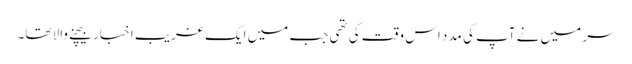
سر میں نے آپ کی مدد اس وقت کی تھی جب میں ایک غریب اخبار بیچنے والا تھا۔